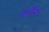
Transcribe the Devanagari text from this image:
जत्तींनी